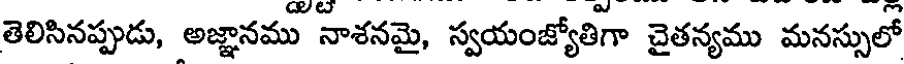
తెలిసినప్పుడు, అజ్ఞానము నాశనమై, స్వయంజ్యోతిగా చైతన్యము మనస్సులో